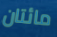
مائتان